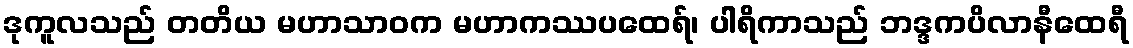
ဒုကူလသည် တတိယ မဟာသာဝက မဟာကဿပထေရ်၊ ပါရိကာသည် ဘဒ္ဒကပိလာနီထေရီ